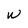
Character: W